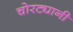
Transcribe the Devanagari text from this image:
चोरट्यानी